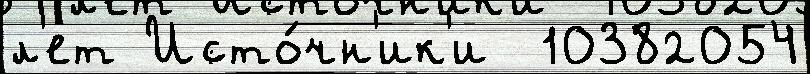
л'ет Исто́чн'ик'и  10382054